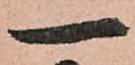
一